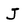
Character: J